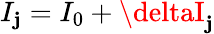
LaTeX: I_{\mathbf{j}}=I_{0}+\deltaI_{\mathbf{j}}